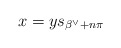
\begin{align*} x = y s_{\beta^\vee +n \pi} \end{align*}